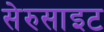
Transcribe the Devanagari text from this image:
सेरुसाइट